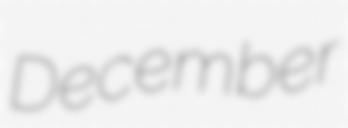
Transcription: December